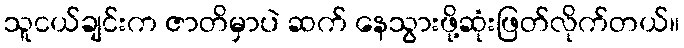
သူငယ်ချင်းက ဇာတိမှာပဲ ဆက် နေသွားဖို့ဆုံးဖြတ်လိုက်တယ်။